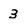
Character: 3